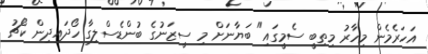
އަހަރެމެން މިހާރު މިތިބީ ސެމީގައި" ބަޔާނަށް މި ސީޒަނުގެ ބުންޑެސްލިގާ ހޯދައިދިން ކޯޗު